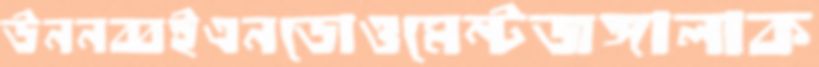
উননব্বইএনডোওমেন্টজঙ্গালাক